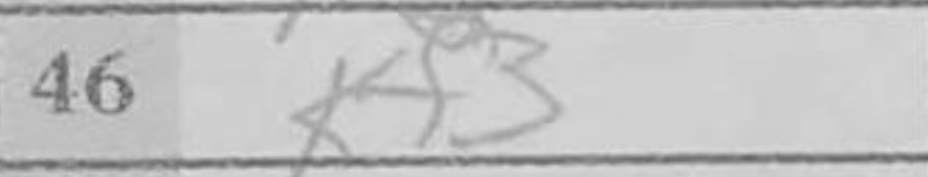
Transcription: Kf3